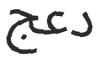
دعج